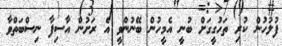
ފުލުހުން ކުރި ތަހުގީގަށް ބުނީ އެމީހުން ބޭނުންވީ އެ ރަށުން އާސިފާ ނިސްބަތްވާ